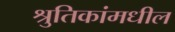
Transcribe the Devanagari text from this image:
श्रुतिकांमधील